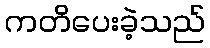
ကတိပေးခဲ့သည်